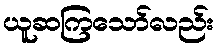
ယူဆကြသော်လည်း